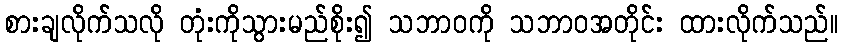
စားချလိုက်သလို တုံးကိုသွားမည်စိုး၍ သဘာဝကို သဘာဝအတိုင်း ထားလိုက်သည်။